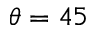
\theta = 4 5